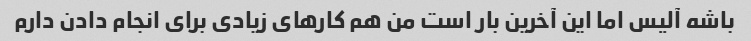
باشه آلیس اما این آخرین بار است من هم کارهای زیادی برای انجام دادن دارم